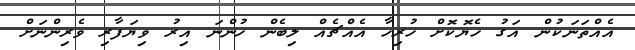
އެއްތަނަކުން އަގު ހެޔޮކޮށް ހުރިހާ އެއްޗެއް ލިބެން ހުންނަ އިރު ވިޔަފާރި ވެރިންނަށް